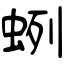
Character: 蛚